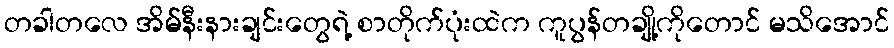
တခါတလေ အိမ်နီးနားချင်းတွေရဲ့ စာတိုက်ပုံးထဲက ကူပွန်တချို့ကိုတောင် မသိအောင်